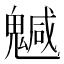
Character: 𩴁